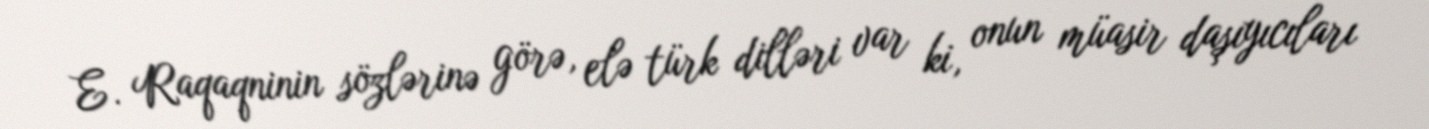
E. Raqaqninin sözlərinə görə, elə türk dilləri var ki, onun müasir daşıyıcıları